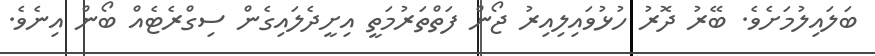
ބަލައިލުމަށެވެ. ބޭރު ދޮރު ހުޅުވައިލިއިރު ޖޯން ފަތްތަރުމަތީ އިށީދެލައިގެން ސިގްރެޓެއް ބޯން އިނެވެ.